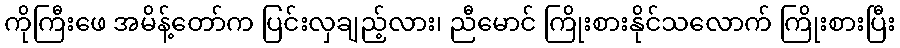
ကိုကြီးဖေ အမိန့်တော်က ပြင်းလှချည့်လား၊ ညီမောင် ကြိုးစားနိုင်သလောက် ကြိုးစားပြီး